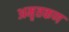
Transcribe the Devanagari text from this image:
अमृतकण